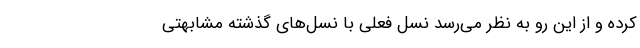
کرده و از این رو به نظر می‌رسد نسل فعلی با نسل‌های گذشته مشابهتی